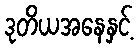
ဒုတိယအနေနှင့်